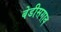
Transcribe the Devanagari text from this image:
बेडीसगाव